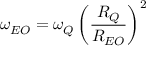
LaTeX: { \omega } _ { E O } = { \omega } _ { Q } \left( { \frac { R _ { Q } } { R _ { E O } } } \right) ^ { 2 }